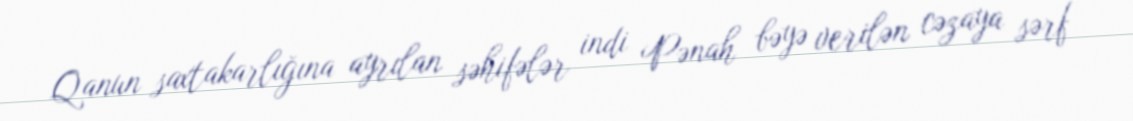
Qanun saxtakarlığına ayrılan səhifələr indi Pənah bəyə verilən cəzaya sərf